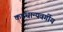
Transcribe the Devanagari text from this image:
कडधान्यवर्गीय